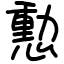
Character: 憅